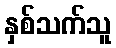
နှစ်သက်သူ